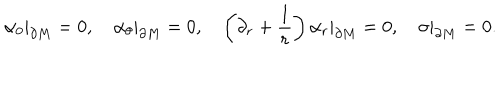
\alpha _ { 0 } | _ { \partial M } = 0 , \quad \alpha _ { \theta } | _ { \partial M } = 0 , \quad \left( \partial _ { r } + \frac 1 r \right) \alpha _ { r } | _ { \partial M } = 0 , \quad \sigma | _ { \partial M } = 0 .